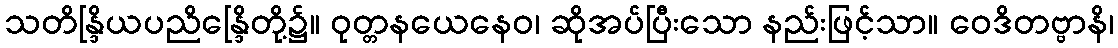
သတိန္ဒြိယပညိန္ဒြေိတို့၌။ ဝုတ္တနယေနေဝ၊ ဆိုအပ်ပြီးသော နည်းဖြင့်သာ။ ဝေဒိတဗ္ဗာနိ၊